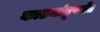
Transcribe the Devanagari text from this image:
काठमांडूपर्यंत